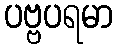
ပဗ္ဗပရမာ